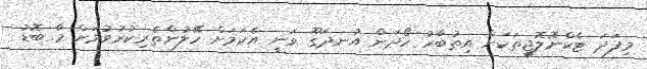
މިފަދަ ޓެކްނޮލޮޖީތަކަށް އިތުބާރު ހޯދަން އުނދަގޫ ވަނީ އެކަމަށް ހޭލުންތެރިކުރުވުމަށް މާ ބޮޑު